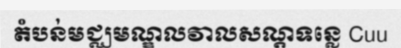
តំបន់មជ្ឈមណ្ឌលវាលសណ្តទន្លេ Cuu